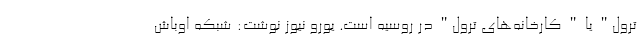
ترول" یا " کارخانه‌های ترول" در روسیه است. یورو نیوز نوشت: شبکه اوباش